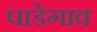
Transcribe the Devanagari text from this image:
पाडेगाव